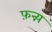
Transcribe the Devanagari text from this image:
फ़न्न्य